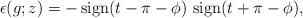
LaTeX: \begin{align*}\epsilon(g;z)= -\,{\rm sign}(t-\pi-\phi)\,\,{\rm sign}(t+\pi-\phi),\end{align*}